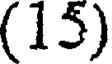
(15)